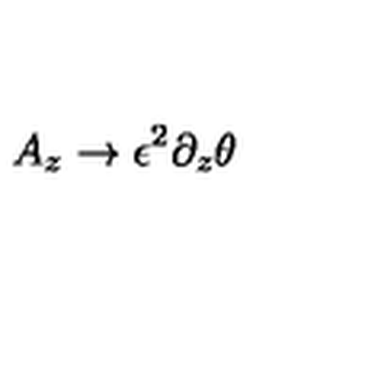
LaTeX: A _ { z } \rightarrow \epsilon ^ { 2 } \partial _ { z } \theta